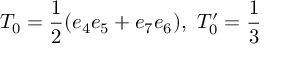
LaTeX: T _ { 0 } = \frac { 1 } { 2 } ( e _ { 4 } e _ { 5 } + e _ { 7 } e _ { 6 } ) , \ T _ { 0 } ^ { \prime } = \frac { 1 } { 3 }